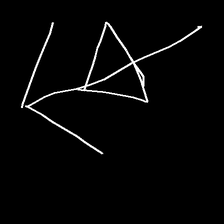
Glyph: pull